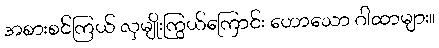
အစားစင်ကြယ် လှမျိုးကြွယ်ကြောင်း ဟောသော ဂါထာများ။